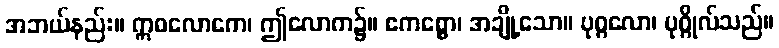
အဘယ်နည်း။ ဣဓလောကေ၊ ဤလောက၌။ ဧကစ္စော၊ အချို့သော။ ပုဂ္ဂလော၊ ပုဂ္ဂိုလ်သည်။